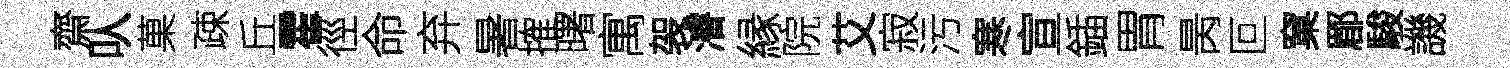
齋㕥菓疎丘霍徑命弃暑搉曙寓袈濬縁院艾寂污寒宣鍤胃昺叵窠郿駿譏